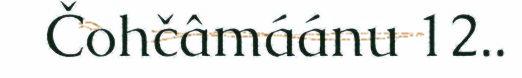
Čohčâmáánu 12..